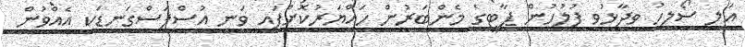
އަލީ ސޯލިހު ވިދާޅުވީ ފުލުހުން ޕާޓީގެ މެންބަރުން ހައްޔަރުކޮށްފައި ވަނީ އުސްފަސްގަނޑަކީ އެއްވުން